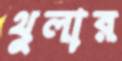
থুলার